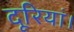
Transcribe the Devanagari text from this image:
दूरियां।